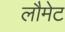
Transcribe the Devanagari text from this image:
लौमेट